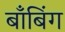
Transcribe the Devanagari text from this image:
बाँबिंग